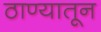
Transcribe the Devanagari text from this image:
ठाण्यातून